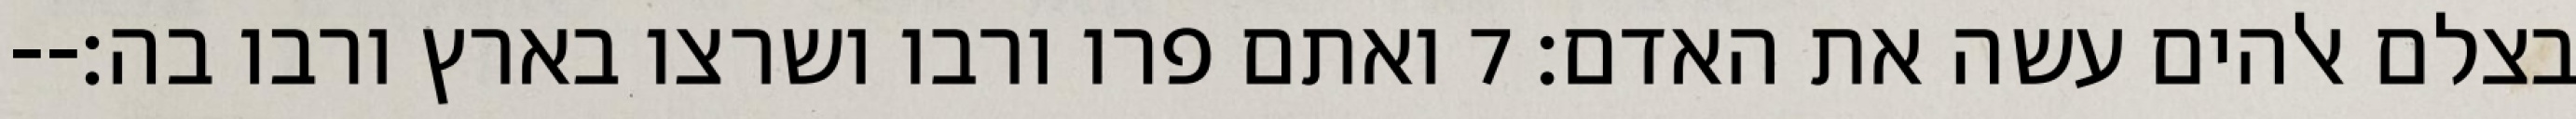
בצלם אלהים עשה את האדם׃ ‎7‏ ואתם פרו ורבו ושרצו בארץ ורבו בה׃--